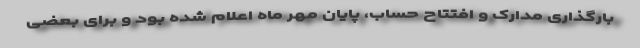
بارگذاری مدارک و افتتاح حساب، پایان مهر ماه اعلام شده بود و برای بعضی